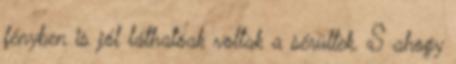
fényben is jól láthatóak voltak a sérültek. S ahogy